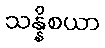
သန္နိစယာ